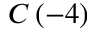
C \left( - 4 \right)